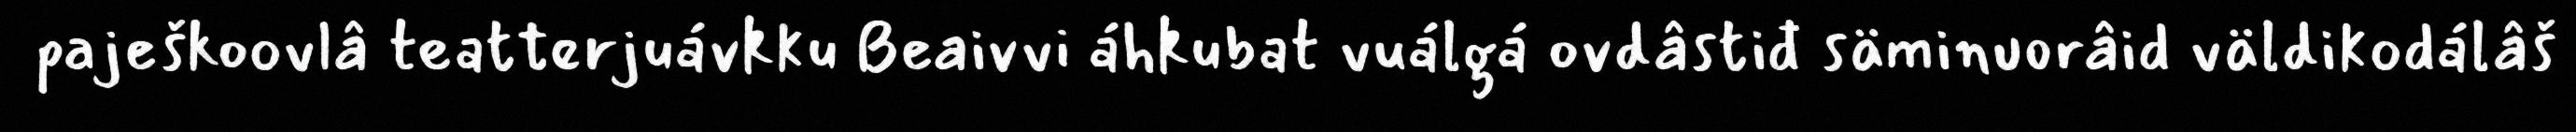
paješkoovlâ teatterjuávkku Beaivvi áhkubat vuálgá ovdâstiđ säminuorâid väldikodálâš